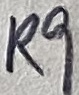
Text: R9